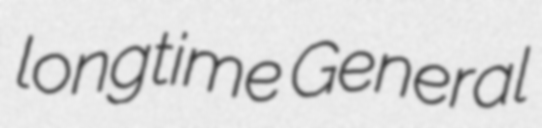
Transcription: longtime General